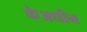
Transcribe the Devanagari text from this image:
केअधीन